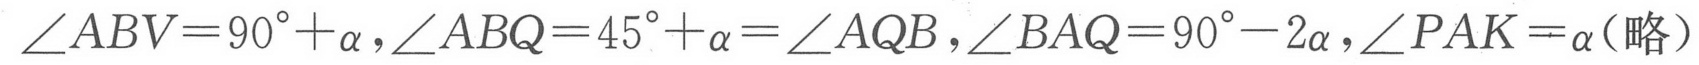
\(\angle ABV = 90^{\circ}+\alpha,\angle ABQ = 45^{\circ}+\alpha=\angle AQB,\angle BAQ = 90^{\circ}-2\alpha,\angle PAK=\alpha\)（略）